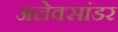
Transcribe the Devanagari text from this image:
अलेक्सांडर